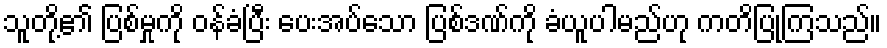
သူတို့၏ ပြစ်မှုကို ဝန်ခံပြီး ပေးအပ်သော ပြစ်ဒဏ်ကို ခံယူပါမည်ဟု ကတိပြုကြသည်။